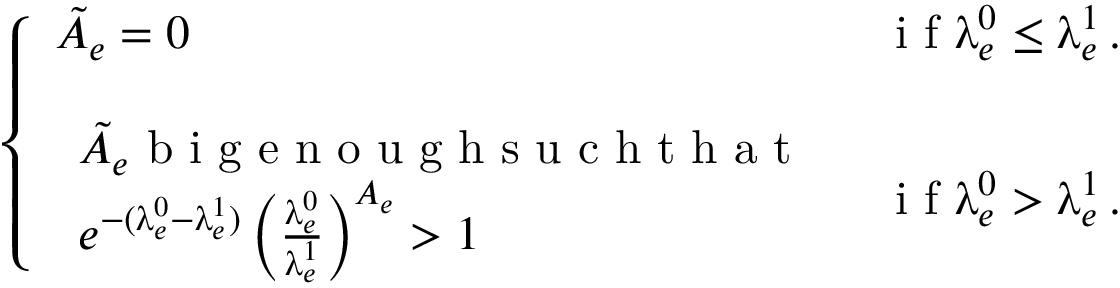
\left\{ \begin{array} { l l } { \tilde { A } _ { e } = 0 } & { \mathrm { ~ i ~ f ~ } \uplambda _ { e } ^ { 0 } \le \uplambda _ { e } ^ { 1 } \, . } \\ { \null } & { \null } \\ { \begin{array} { l } { \tilde { A } _ { e } \mathrm { ~ b ~ i ~ g ~ e ~ n ~ o ~ u ~ g ~ h ~ s ~ u ~ c ~ h ~ t ~ h ~ a ~ t ~ } } \\ { e ^ { - ( \uplambda _ { e } ^ { 0 } - \uplambda _ { e } ^ { 1 } ) } \left( \frac { \uplambda _ { e } ^ { 0 } } { \uplambda _ { e } ^ { 1 } } \right) ^ { A _ { e } } > 1 } \end{array} } & { \mathrm { ~ i ~ f ~ } \uplambda _ { e } ^ { 0 } > \uplambda _ { e } ^ { 1 } \, . } \end{array} \right.